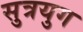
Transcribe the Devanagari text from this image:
सुत्रयुग